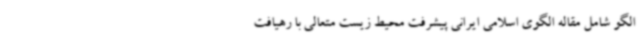
الگو شامل مقاله الگوی اسلامی ایرانی پیشرفت محیط زیست متعالی با رهیافت